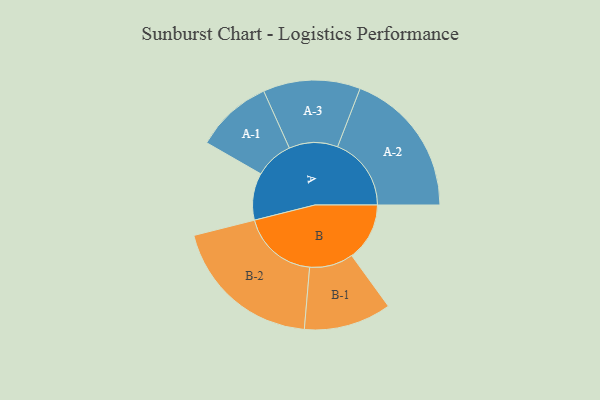
{"axis": {"x": "Segment", "y": "Value"}, "legend": ["", "A", "B"], "data": [{"x": "A", "y": 184, "type": ""}, {"x": "B", "y": 226, "type": ""}, {"x": "A-1", "y": 150, "type": "A"}, {"x": "A-2", "y": 288, "type": "A"}, {"x": "A-3", "y": 190, "type": "A"}, {"x": "B-1", "y": 171, "type": "B"}, {"x": "B-2", "y": 297, "type": "B"}]}